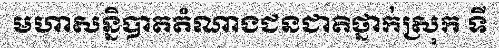
មហាសន្និបាតតំណាងជនជាតិថ្នាក់ស្រុក ទី